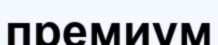
премиум